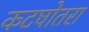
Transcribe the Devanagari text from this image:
कटघोतरा